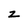
Character: z